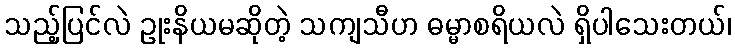
သည့်ပြင်လဲ ဥုးနိယမဆိုတဲ့ သကျသီဟ ဓမ္မာစရိယလဲ ရှိပါသေးတယ်၊